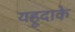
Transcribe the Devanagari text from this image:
यहूदाके